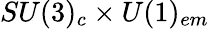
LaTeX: SU(3)_{c}\times U(1)_{em}